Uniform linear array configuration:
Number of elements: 8
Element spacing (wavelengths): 0.75
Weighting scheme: blackman
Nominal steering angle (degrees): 0
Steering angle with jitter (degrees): -0.6978
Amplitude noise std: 0.05
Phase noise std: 0.05

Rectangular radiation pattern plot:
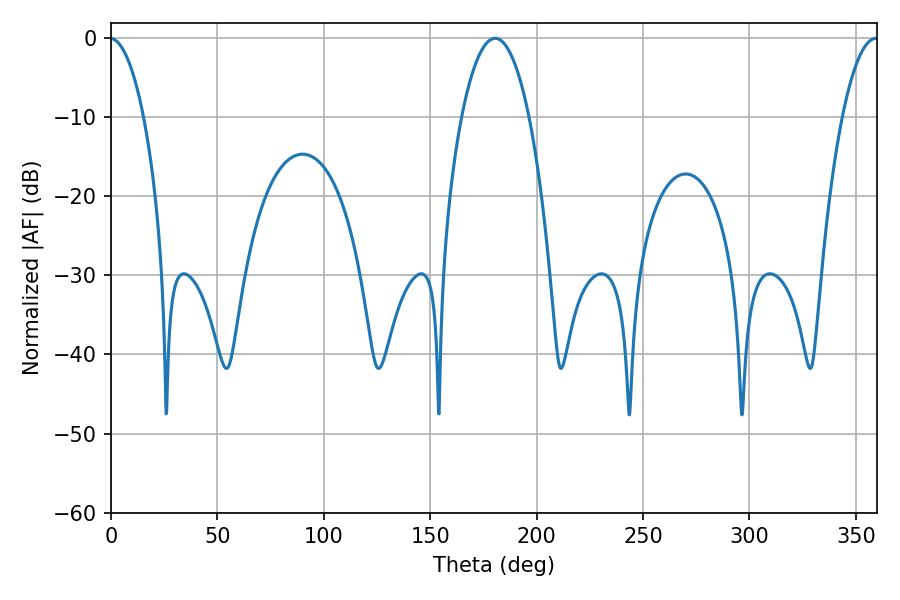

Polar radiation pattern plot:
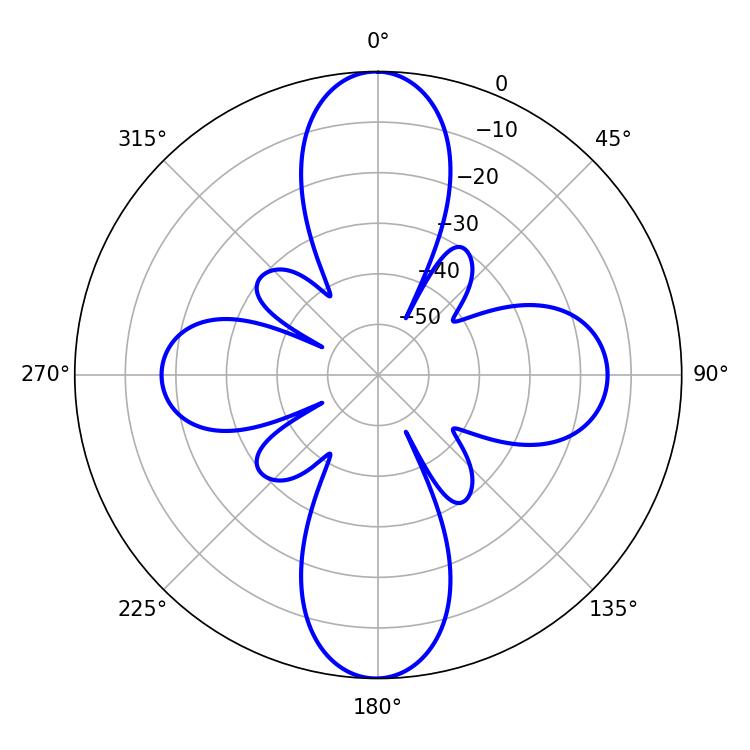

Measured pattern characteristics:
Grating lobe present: TRUE
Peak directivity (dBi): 30.543
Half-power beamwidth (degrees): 17.64
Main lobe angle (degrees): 180.54